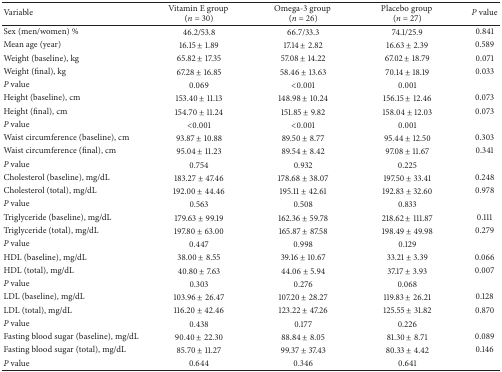
<table><thead><tr><td><b>Variable </b></td><td><b>Vitamin E group (<i>n</i> = 30)</b></td><td><b>Omega-3 group (<i>n</i> = 26)</b></td><td><b>Placebo group (<i>n</i> = 27)</b></td><td><b><i>P</i> value</b></td></tr></thead><tbody><tr><td>Sex (men/women) %</td><td>46.2/53.8</td><td>66.7/33.3</td><td>74.1/25.9</td><td>0.841</td></tr><tr><td>Mean age (year)</td><td>16.15 ± 1.89</td><td>17.14 ± 2.82</td><td>16.63 ± 2.39</td><td>0.589</td></tr><tr><td>Weight (baseline), kg</td><td>65.82 ± 17.35</td><td>57.08 ± 14.22</td><td>67.02 ± 18.79</td><td>0.071</td></tr><tr><td>Weight (final), kg</td><td>67.28 ± 16.85</td><td>58.46 ± 13.63</td><td>70.14 ± 18.19</td><td>0.033</td></tr><tr><td><i>P</i> value</td><td>0.069</td><td>&lt;0.001</td><td>0.001</td><td> </td></tr><tr><td>Height (baseline), cm</td><td>153.40 ± 11.13</td><td>148.98 ± 10.24</td><td>156.15 ± 12.46</td><td>0.073</td></tr><tr><td>Height (final), cm</td><td>154.70 ± 11.24</td><td>151.85 ± 9.82</td><td>158.04 ± 12.03</td><td>0.073</td></tr><tr><td><i>P</i> value</td><td>&lt;0.001</td><td>&lt;0.001</td><td>0.001</td><td> </td></tr><tr><td>Waist circumference (baseline), cm</td><td>93.87 ± 10.88</td><td>89.50 ± 8.77</td><td>95.44 ± 12.50</td><td>0.303</td></tr><tr><td>Waist circumference (final), cm</td><td>95.04 ± 11.23</td><td>89.54 ± 8.42</td><td>97.08 ± 11.67</td><td>0.341</td></tr><tr><td><i>P</i> value</td><td>0.754</td><td>0.932</td><td>0.225</td><td> </td></tr><tr><td>Cholesterol (baseline), mg/dL</td><td>183.27 ± 47.46</td><td>178.68 ± 38.07</td><td>197.50 ± 33.41</td><td>0.248</td></tr><tr><td>Cholesterol (total), mg/dL</td><td>192.00 ± 44.46</td><td>195.11 ± 42.61</td><td>192.83 ± 32.60</td><td>0.978</td></tr><tr><td><i>P</i> value</td><td>0.563</td><td>0.508</td><td>0.833</td><td> </td></tr><tr><td>Triglyceride (baseline), mg/dL</td><td>179.63 ± 99.19</td><td>162.36 ± 59.78</td><td>218.62 ± 111.87</td><td>0.111</td></tr><tr><td>Triglyceride (total), mg/dL</td><td>197.80 ± 63.00</td><td>165.87 ± 87.58</td><td>198.49 ± 49.98</td><td>0.279</td></tr><tr><td><i>P</i> value</td><td>0.447</td><td>0.998</td><td>0.129</td><td> </td></tr><tr><td>HDL (baseline), mg/dL</td><td>38.00 ± 8.55</td><td>39.16 ± 10.67</td><td>33.21 ± 3.39</td><td>0.066</td></tr><tr><td>HDL (total), mg/dL</td><td>40.80 ± 7.63</td><td>44.06 ± 5.94</td><td>37.17 ± 3.93</td><td>0.007</td></tr><tr><td><i>P</i> value</td><td>0.303</td><td>0.276</td><td>0.068</td><td> </td></tr><tr><td>LDL (baseline), mg/dL</td><td>103.96 ± 26.47</td><td>107.20 ± 28.27</td><td>119.83 ± 26.21</td><td>0.128</td></tr><tr><td>LDL (total), mg/dL</td><td>116.20 ± 42.46</td><td>123.22 ± 47.26</td><td>125.55 ± 31.82</td><td>0.870</td></tr><tr><td><i>P</i> value</td><td>0.438</td><td>0.177</td><td>0.226</td><td> </td></tr><tr><td>Fasting blood sugar (baseline), mg/dL</td><td>90.40 ± 22.30</td><td>88.84 ± 8.05</td><td>81.30 ± 8.71</td><td>0.089</td></tr><tr><td>Fasting blood sugar (total), mg/dL</td><td>85.70 ± 11.27</td><td>99.37 ± 37.43</td><td>80.33 ± 4.42</td><td>0.146</td></tr><tr><td><i>P</i> value</td><td>0.644</td><td>0.346</td><td>0.641</td><td> </td></tr></tbody></table>